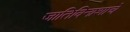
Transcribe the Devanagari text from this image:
जातिविनाशाचे